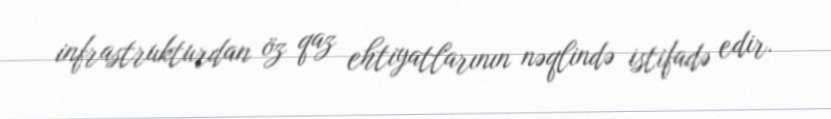
infrastrukturdan öz qaz ehtiyatlarının nəqlində istifadə edir.